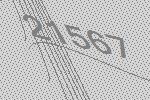
21567